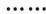
······